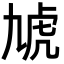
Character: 虓